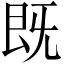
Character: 既